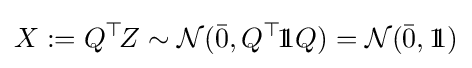
X:=Q^{\top }\!Z\sim {\mathcal {N}}({\bar {0}},Q^{\top }\!1\!\!1Q)={\mathcal {N}}({\bar {0}},1\!\!1)